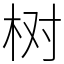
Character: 树